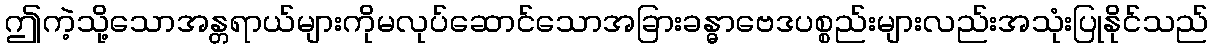
ဤကဲ့သို့သောအန္တရာယ်များကိုမလုပ်ဆောင်သောအခြားခန္ဓာဗေဒပစ္စည်းများလည်းအသုံးပြုနိုင်သည်